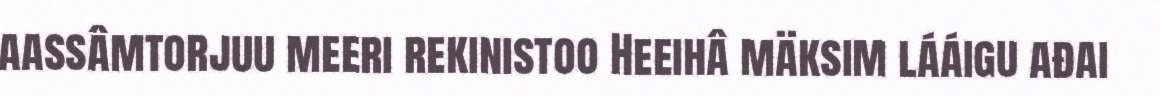
aassâmtorjuu meeri rekinistoo Heeihâ mäksim lááigu ađai